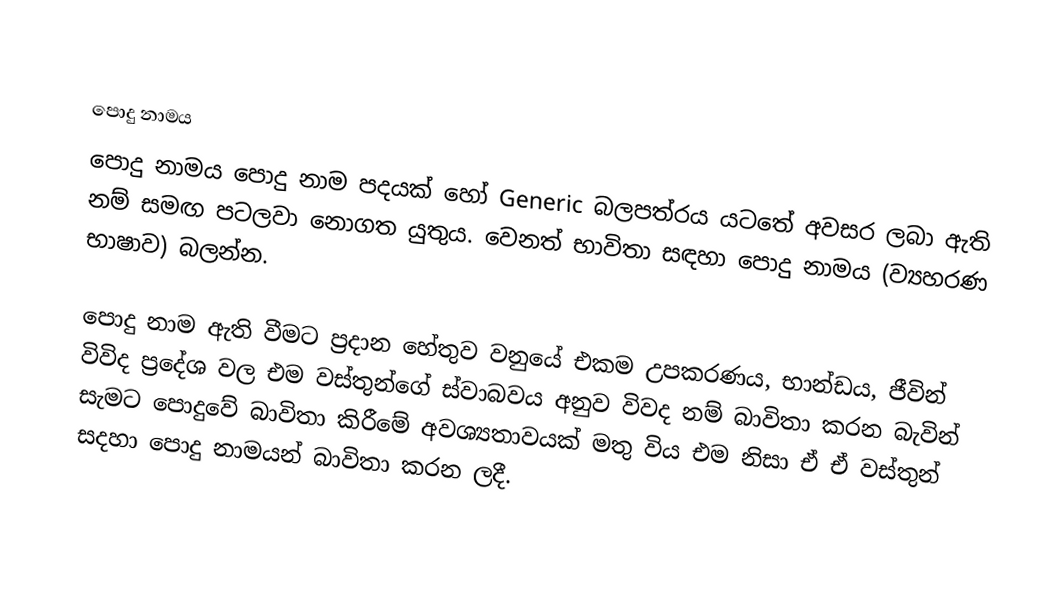

පොදු නාමය
පොදු නාමය පොදු නාම පදයක් හෝ Generic බලපත්රය යටතේ අවසර ලබා ඇති නම් සමඟ පටලවා නොගත යුතුය. වෙනත් භාවිතා සඳහා පොදු නාමය (ව්‍යහරණ භාෂාව) බලන්න.

පොදු නාම ඇති වීමට ප්‍රදාන හේතුව වනුයේ එකම උපකරණය, භාන්ඩය, ජීවින් විවිද ප්‍රදේශ වල එම වස්තුන්ගේ ස්වාබවය අනුව විවද නම් බාවිතා කරන බැවින් සැමට පොදුවේ බාවිතා කිරීමේ අවශ්‍යතාවයක් මතු විය එම නිසා ඒ ඒ වස්තුන් සදහා පොදු නාමයන් බාවිතා කරන ලදී.